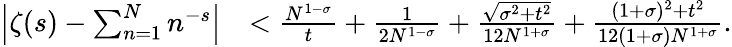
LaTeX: \begin{array}{rl}{\left|\zeta(s)-\sum_{n=1}^{N}n^{-s}\right|}&{<\frac{N^{1-\sigma}}{t}+\frac{1}{2N^{1-\sigma}}+\frac{\sqrt{\sigma^{2}+t^{2}}}{12N^{1+\sigma}}+\frac{(1+\sigma)^{2}+t^{2}}{12(1+\sigma)N^{1+\sigma}}.}\end{array}